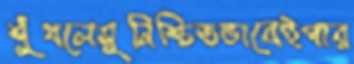
শুঁখলেসুনিশ্চিতভাবেইপার